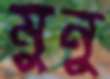
মুনু